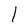
Character: l